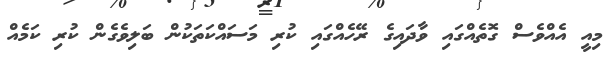
މިއީ އެއްވެސް ގޮތެއްގައި ވާދައިގެ ރޭހެއްގައި ކުރި މަސައްކަތަކުން ބަލިވެގެން ކުރި ކަމެއް